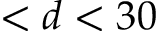
< d < 3 0